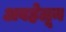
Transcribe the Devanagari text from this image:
अवहेलून